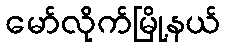
မော်လိုက်မြို့နယ်